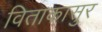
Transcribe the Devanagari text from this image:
विताकासुर